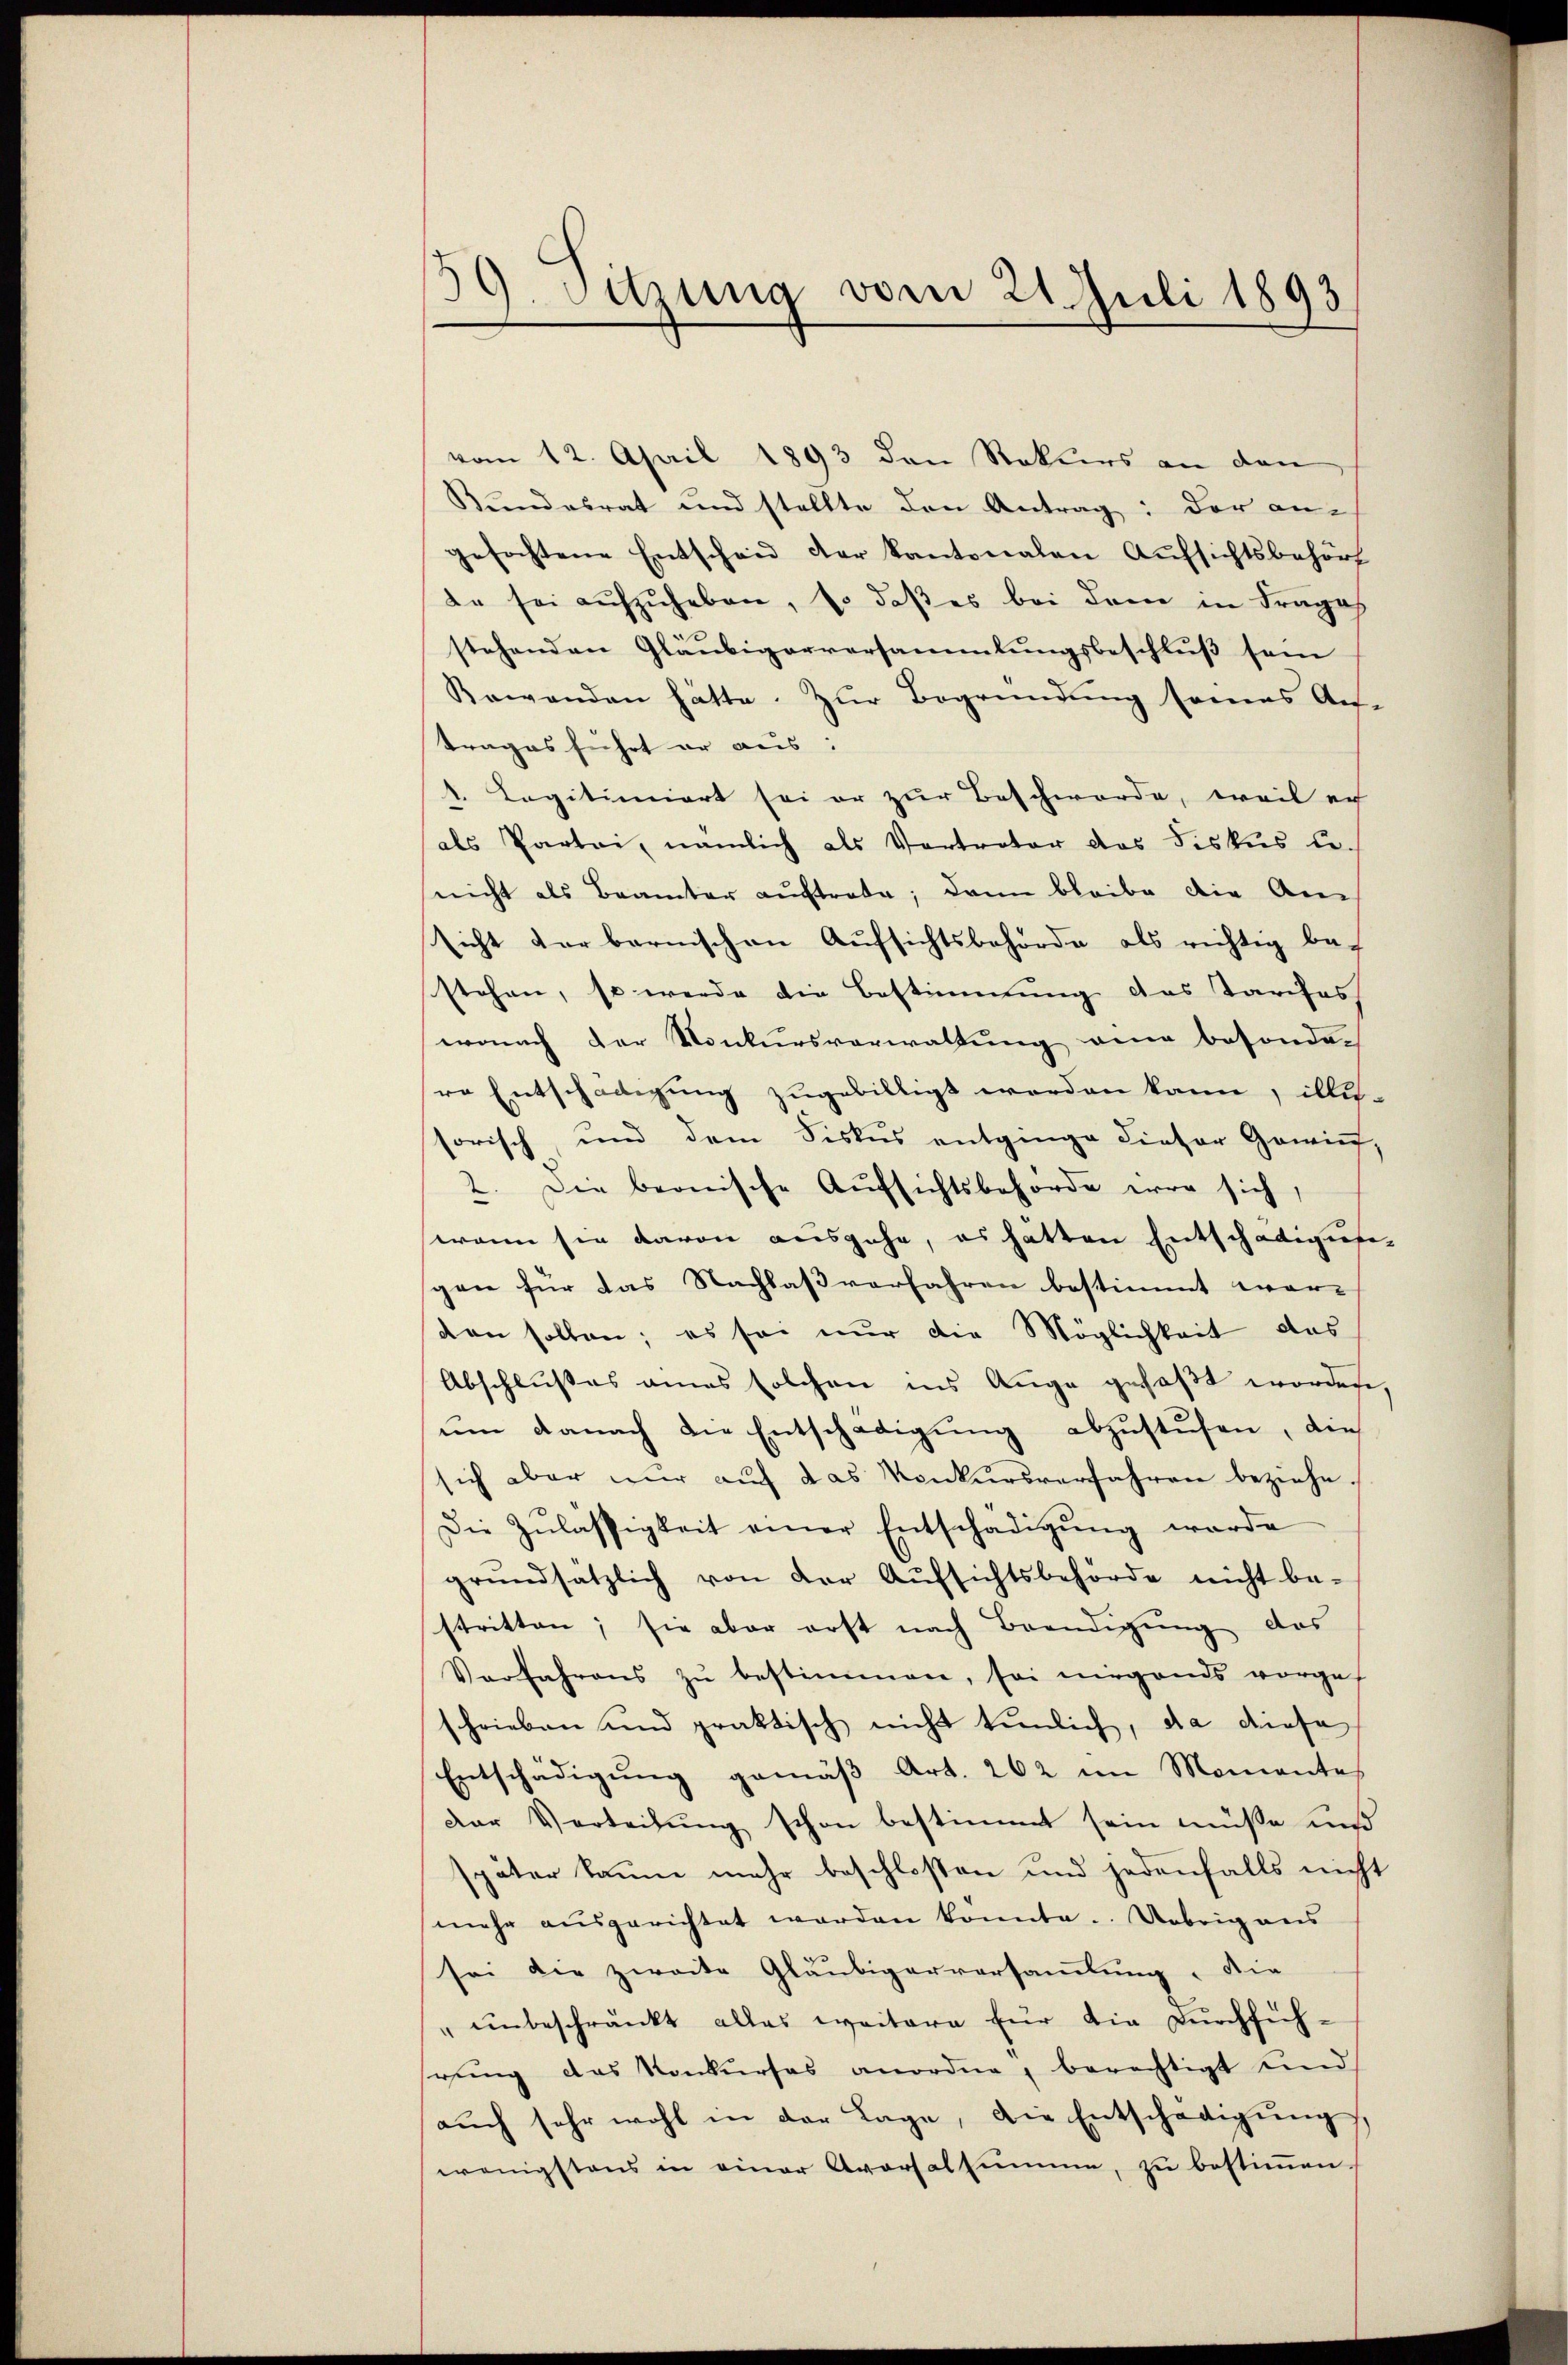
59. Sitzung vom 21. Juli 1893

vom 12. April 1893 den Rekurs an den
Bundesrat und stellte den Antrag: der an-
gefochtene Entscheid der kantonalen Aufsichtsbehört
ee sei aufzuheben, so daß es bei dem in Frage
stehenden Gläubigerversammlungsbeschluß sein
Bewanden hätte. Zur Begründung somas Auf-
trages führt er aus:
1. Legitimiert sei er zur Beschwerde, weil er
als Partei, nämlich als Vertreter das Fiskus u.
nicht als Beamter auftrete; dann bleibe die An
sicht der bernischen Aufsichtsbehörde als richtig bestehen, so werde die Bestimmung das Tarifes
wonach der Konkursverwaltung eine besonder
re Entschädigung zugebilligt werden kann, illis-
sorisch, und dem Fiskus entginge dieser Gewin,
2. Die beonische Aufsichtsbehörde war sich
wenn sie davon ausgehe, es hätten Entschädigung
sgaen für das Nachlaßverfahren bestimmt wor-
den sollen; es sei nur die Möglichkeit das
Abschlußes eines solchen ins Auge gefaßt worden,
um danach die Entschädigung abzustusen, die
sich aber nur auf das Konkursverfahren beziehe
Die Zulassigkeit einer Entschädigŭng werde
grundsätzlich von der Aufsichtsbehörde nicht be-
stritten; sie aber erst nach Beendigŭng das
Verfahrens zŭ bestimmen, sei nirgends vorgef
schrieben und praktisch nicht tunlich, da diese
Entschädigŭng gemäβ Art. 262 im Momentes
Der Verteilung schon bestimmt sein müße uns
später kanne mehr beschloßen und jedenfalls nicht
mehr ausgerichtet worden konnte. Uebrig aus
sei die zweite Gläubigerversamlung, die
" unbeschränkt alles weitere für die Durchfühhrung das Konkurses anordne, berechtigt und
aŭch sehr wohl in der Lage, die Entschädigŭng,
wenigstens in einer Aversalsumme, zu bestimmen.